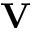
\mathbf { V }